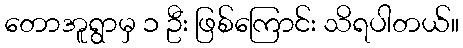
တောအူရွာမှ ၁ ဦး ဖြစ်ကြောင်း သိရပါတယ်။